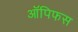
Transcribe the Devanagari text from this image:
ऑपिफस